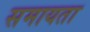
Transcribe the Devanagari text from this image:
समायता